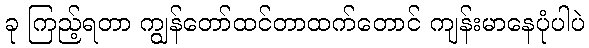
ခု ကြည့်ရတာ ကျွန်တော်ထင်တာထက်တောင် ကျန်းမာနေပုံပါပဲ